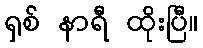
ရှစ် နာရီ ထိုးပြီ။